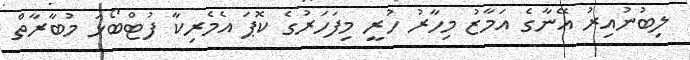
ލިބުނުއިރު އޭނާގެ އަމާޒު މިހާރު ހުރީ މިފަހަރުގެ ކޮޕަ އެމެރިކާ ފުޓްބޯޅަ މުބާރާތް